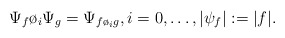
\begin{align*}\Psi_f \o_i \Psi_g = \Psi_{f\o_i g}, i= 0,\ldots,|\psi_f| :=|f|.\end{align*}